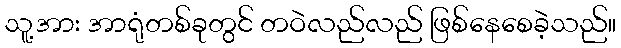
သူ့အား အာရုံတစ်ခုတွင် တဝဲလည်လည် ဖြစ်နေစေခဲ့သည်။